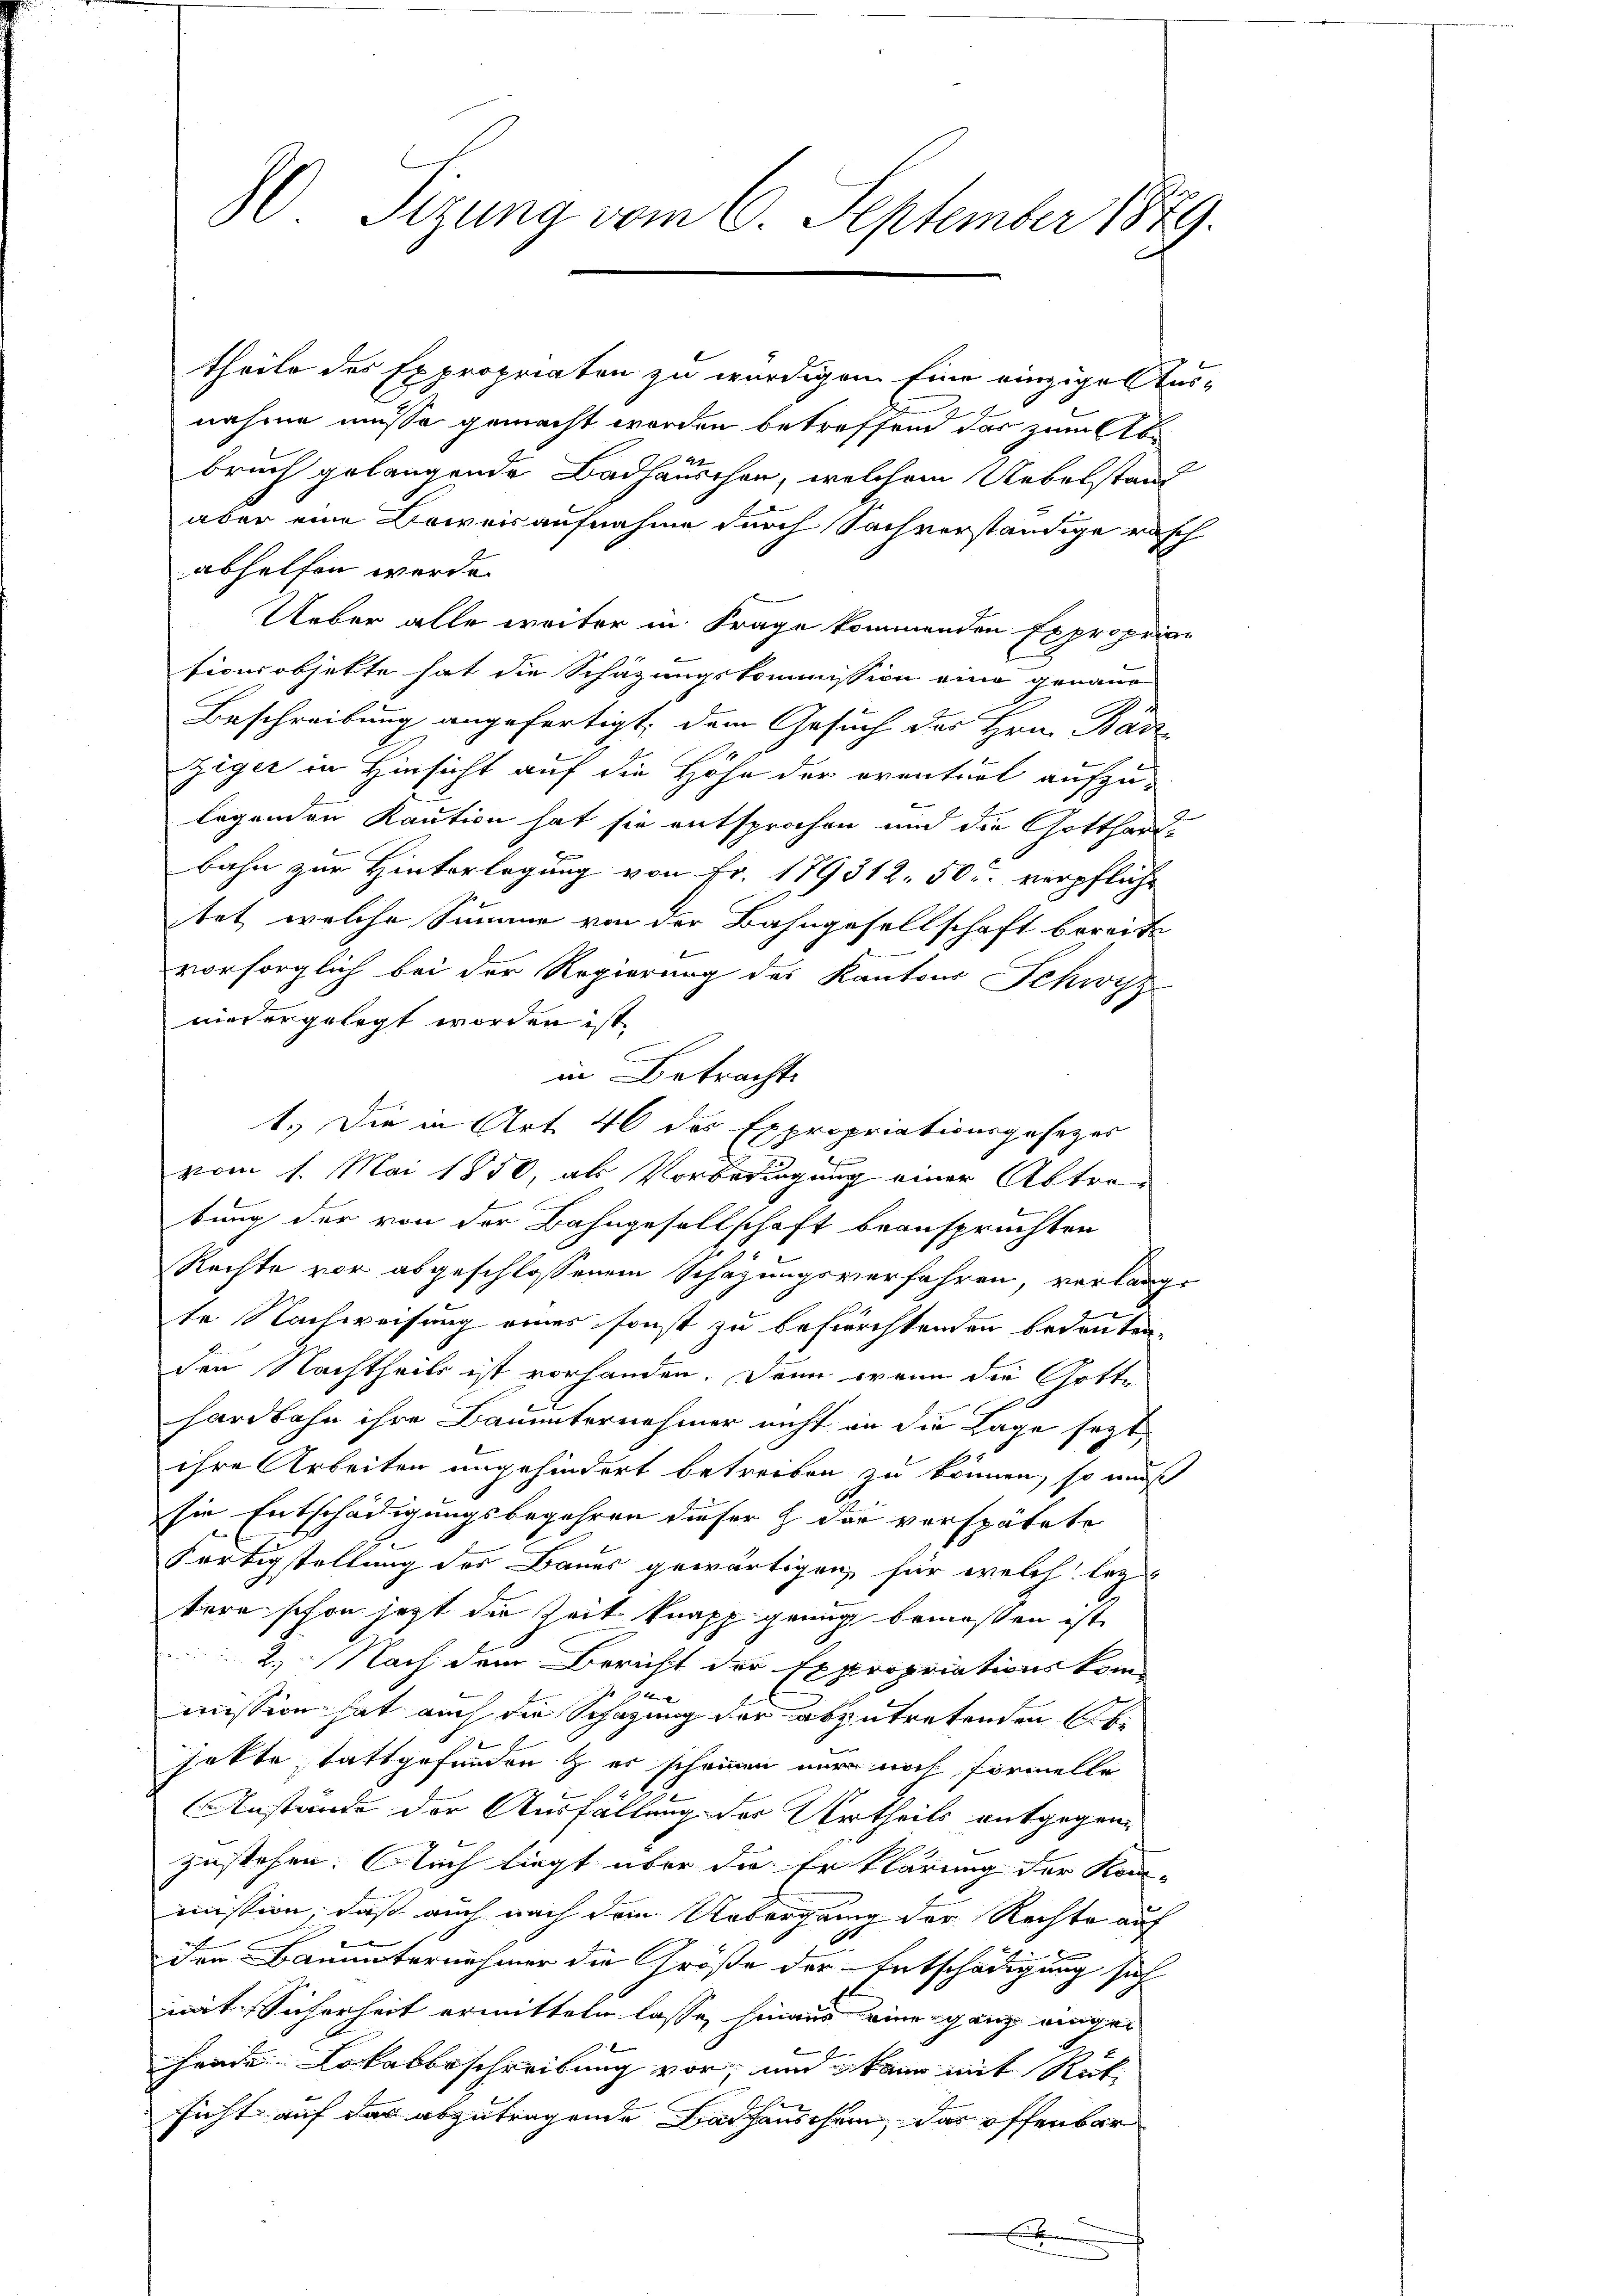
30. Sitzung vom 6. September 1889.

abhelfen werde.
niedergelegt worden ist.
tung der von der Bahngesellschaft beanspruchten
hardbahn ihre Bauunternehmer nicht an die Lage setzt
ihre Arbeiten ungehindert betreiben zu können, so mus
sie Entschädigungsbegehren dieser H der verspätete
Fortigstellung des Bauer gewärtigen, für welch legs
tere schon jetzt die Zeit knapp genug bemessen ist,
2. Nach dem Bericht der Expropriationskom-
Ben
mission hat auch die Schazung der abzutretenden Abjekte tattgefunden & es schonen mir noch formelle
Anstände der Ausfällung der Urtheils entgegens
zustehen. Auch liegt über die Erklärung der Kommission, daß auch nach dem Uebergang der Rechte auf
der Baumaternehmer die Größe der Entschädigung sich
mit Sicherheit ermitteln lasse hinaus eine ganz einger
hende Lokalbeschreibung vor, und kann mit Rüt
sicht auf den abzutragende Badhauschen, das offenbar
E

theile des Expropriaten zu würdigen. Eine einzige Ausn
nahme müsse gemacht worden betreffend das zum Abbruch gelangende Badhäuschen, welchem Uebelstand
aber eine Beweisaufnahme durch Sachverständige rasch
Ueber alle weiter in Frage kommenden Exproprian
sionsobjekte hat die Schäzungskommission eine genaue
Beschreibung angefertigt, dem Gesuch des Hrn. Bad-
Ziger in Hinsicht auf die Höhe der eventuel aufzu-
legenden Kaution hat sie entsprochen und die Gotthard-
bahn zur Hinterlegung von Fr. 179312. 50c verpflicht
tet, welche Summe von der Bahngesellschaft bereits
vorsorglich bei der Regierung des Kantons Schwyz
in Betracht.
1.) Die in Art. 46 des Expropriationsgesezes
c
vom 1. Mai 1850, als Vorbedingung einer Abtre-
Rechte vor abgeschlossenem Schazungsverfahren, verlange
te Nachweisung eines sonst zu befürchtenden bedeuten,
den Nachtheils ist vorhanden. Denn wenn die Gott¬